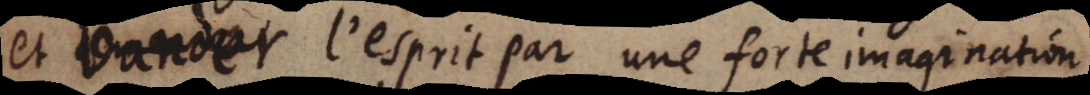
et bander l’esprit par une forte imagination